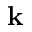
\mathbf { k }